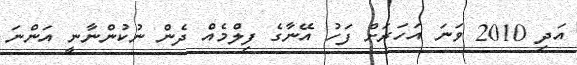
އަދި 2010 ވަނަ އަހަރަށް ފަހު އޭނާގެ ފިލްމެއް ދެން ނުކުންނާނީ އަންނަ